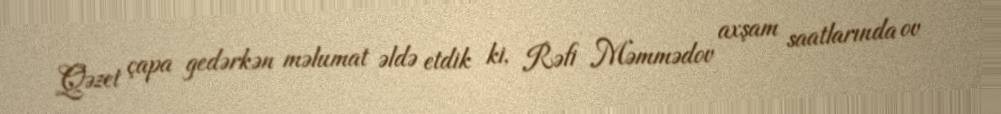
Qəzet çapa gedərkən məlumat əldə etdik ki, Rəfi Məmmədov axşam saatlarında ov